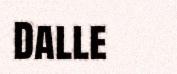
Dalle